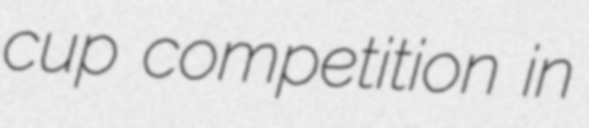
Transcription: cup competition in